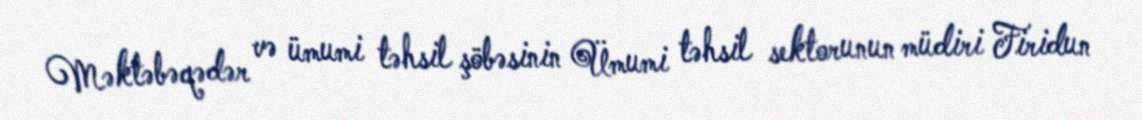
Məktəbəqədər və ümumi təhsil şöbəsinin Ümumi təhsil sektorunun müdiri Firidun